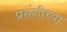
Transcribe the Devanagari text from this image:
प्रसंगीच्या